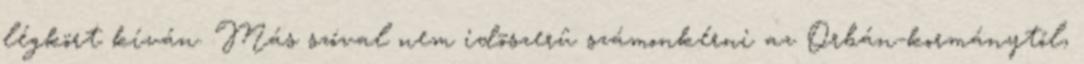
légkört kíván. Más szóval nem idõszerû számonkérni az Orbán-kormánytól,